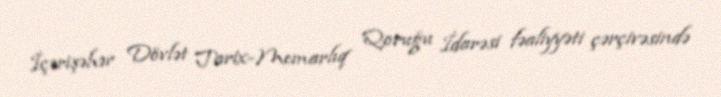
İçərişəhər Dövlət Tarix-Memarlıq Qoruğu İdarəsi fəaliyyəti çərçivəsində